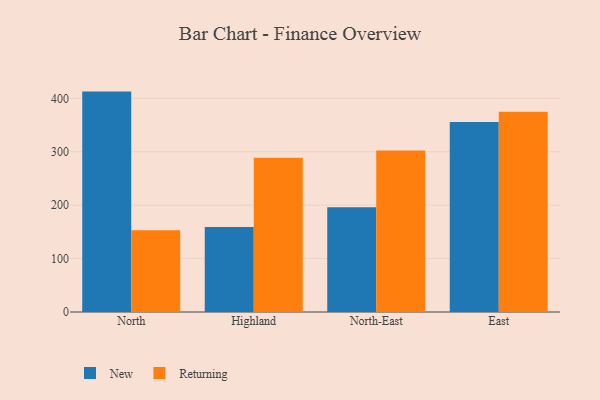
{"axis": {"x": "Region", "y": "Bounce Rate (%)"}, "legend": ["New", "Returning"], "data": [{"x": "North", "y": 412.7, "type": "New"}, {"x": "North", "y": 152.9, "type": "Returning"}, {"x": "Highland", "y": 159.2, "type": "New"}, {"x": "Highland", "y": 288.6, "type": "Returning"}, {"x": "North-East", "y": 196.1, "type": "New"}, {"x": "North-East", "y": 302.6, "type": "Returning"}, {"x": "East", "y": 355.7, "type": "New"}, {"x": "East", "y": 375.0, "type": "Returning"}]}